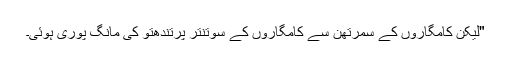
"لیکن کامگاروں کے سمرتھن سے کامگاروں کے سوتنتر پرتندھتو کی مانگ پوری ہوئی۔